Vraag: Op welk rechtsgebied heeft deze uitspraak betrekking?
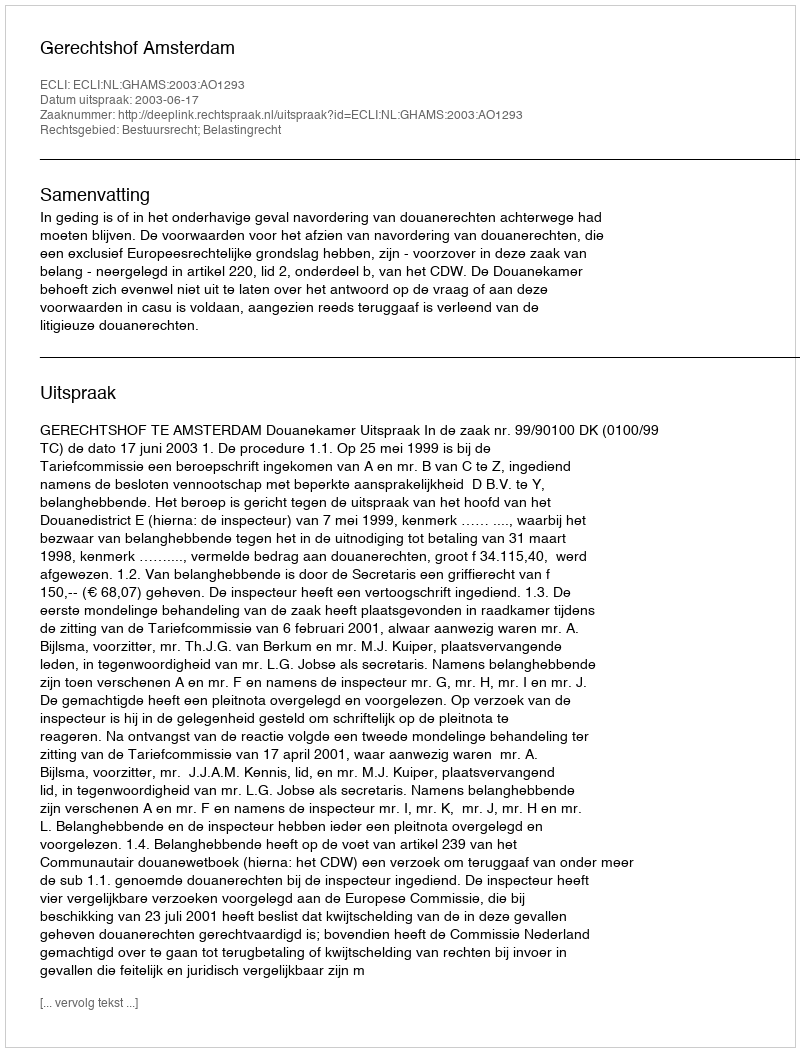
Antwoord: Bestuursrecht; Belastingrecht